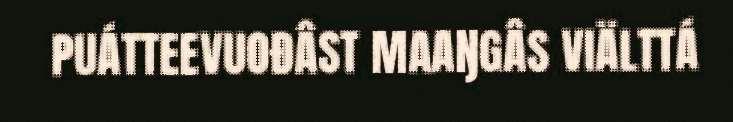
PUÁTTEEVUOĐÂST MAAŊGÂS VIÄLTTÁ